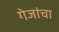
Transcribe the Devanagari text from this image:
गेजांचा